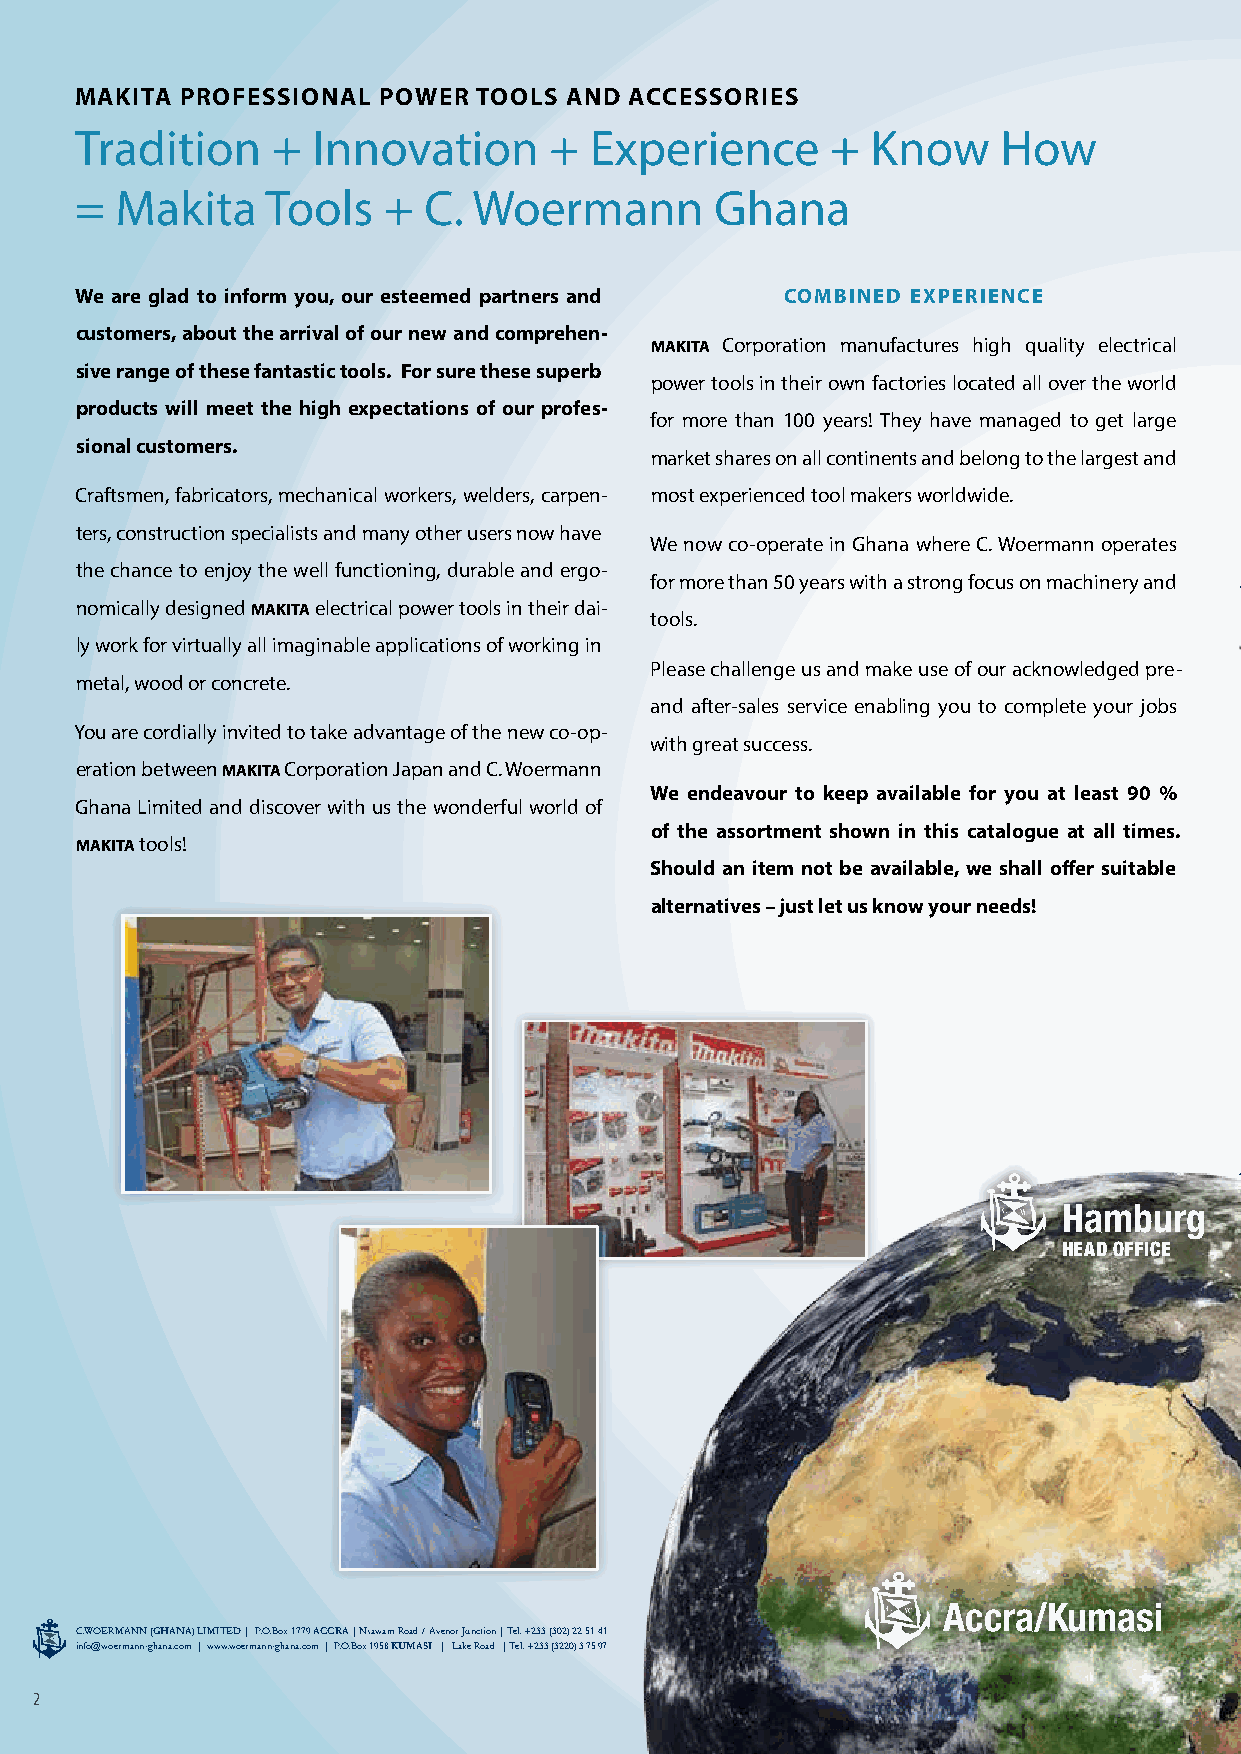
MAKITA PROFESSIONAL POWER  TOOLS AND ACCESSORIES
 Tradition    +  Innovation     +  Experience      +  Know    How
 =  Makita    Tools  +  C. Woermann        Ghana
 We are glad to inform you, our esteemed partners and COMBINED EXPERIENCE
 customers, about the arrival of our new and comprehen-
 MAKITA Corporation manufactures high quality electrical
 sive range of these fantastic tools. For sure these superb
 power tools in their own factories located all over the world
 products will meet the high expectations of our profes-
 for more than 100 years! They have managed to get large
 sional customers.
 market shares on all continents and belong to the largest and
 Craftsmen, fabricators, mechanical workers, welders, carpen- most experienced tool makers worldwide.
 ters, construction specialists and many other users now have
 We now co-operate in Ghana where C. Woermann operates
 the chance to enjoy the well functioning, durable and ergo-
 for more than 50 years with a strong focus on machinery and
 nomically designed MAKITA electrical power tools in their dai-
 tools.
 ly work for virtually all imaginable applications of working in
 Please challenge us and make use of our acknowledged pre-
 metal, wood or concrete.
 and after-sales service enabling you to complete your jobs
 You are cordially invited to take advantage of the new co-op-
 with great success.
 eration between MAKITA Corporation Japan and C. Woermann
 We endeavour to keep available for you at least 90 %
 Ghana Limited and discover with us the wonderful world of
 of the assortment shown in this catalogue at all times.
 MAKITA tools!
 Should an item not be available, we shall offer suitable
 alternatives – just let us know your needs!
 Hamburg
 HEAD OFFICE
 Accra/Kumasi
 C.WOERMANN (GHANA) LIMITED | P.O.Box 1779 ACCRA | Nsawam Road / Avenor Junction | Tel. +233 (302) 22 51 41
 info@woermann-ghana.com | www.woermann-ghana.com | P.O.Box 1958 KUMASI | Lake Road | Tel. +233 (3220) 3 75 97
 2